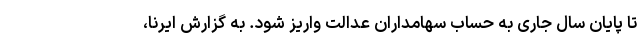
تا پایان سال جاری به حساب سهامداران عدالت واریز شود. به گزارش ایرنا،